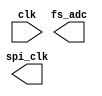
module cs_clk(
    input clk,
    output spi_clk,
    output fs_adc
);
    
    

endmodule